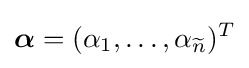
{\boldsymbol {\alpha }}=(\alpha _{1},\ldots ,\alpha _{\widetilde {n}})^{T}